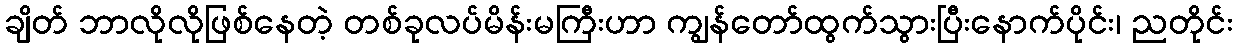
ချိတ် ဘာလိုလိုဖြစ်နေတဲ့ တစ်ခုလပ်မိန်းမကြီးဟာ ကျွန်တော်ထွက်သွားပြီးနောက်ပိုင်း၊ ညတိုင်း